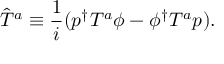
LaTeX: \hat { T } ^ { a } \equiv \frac { 1 } { i } ( p ^ { \dagger } T ^ { a } \phi - \phi ^ { \dagger } T ^ { a } p ) .